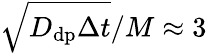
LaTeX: \sqrt{D_{\mathrm{dp}}\Delta t}/M\approx 3